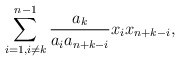
\begin{align*}\sum_{i=1, i \ne k}^{n-1} \frac{a_k}{a_i a_{n+k-i}}x_i x_{n+k-i},\end{align*}